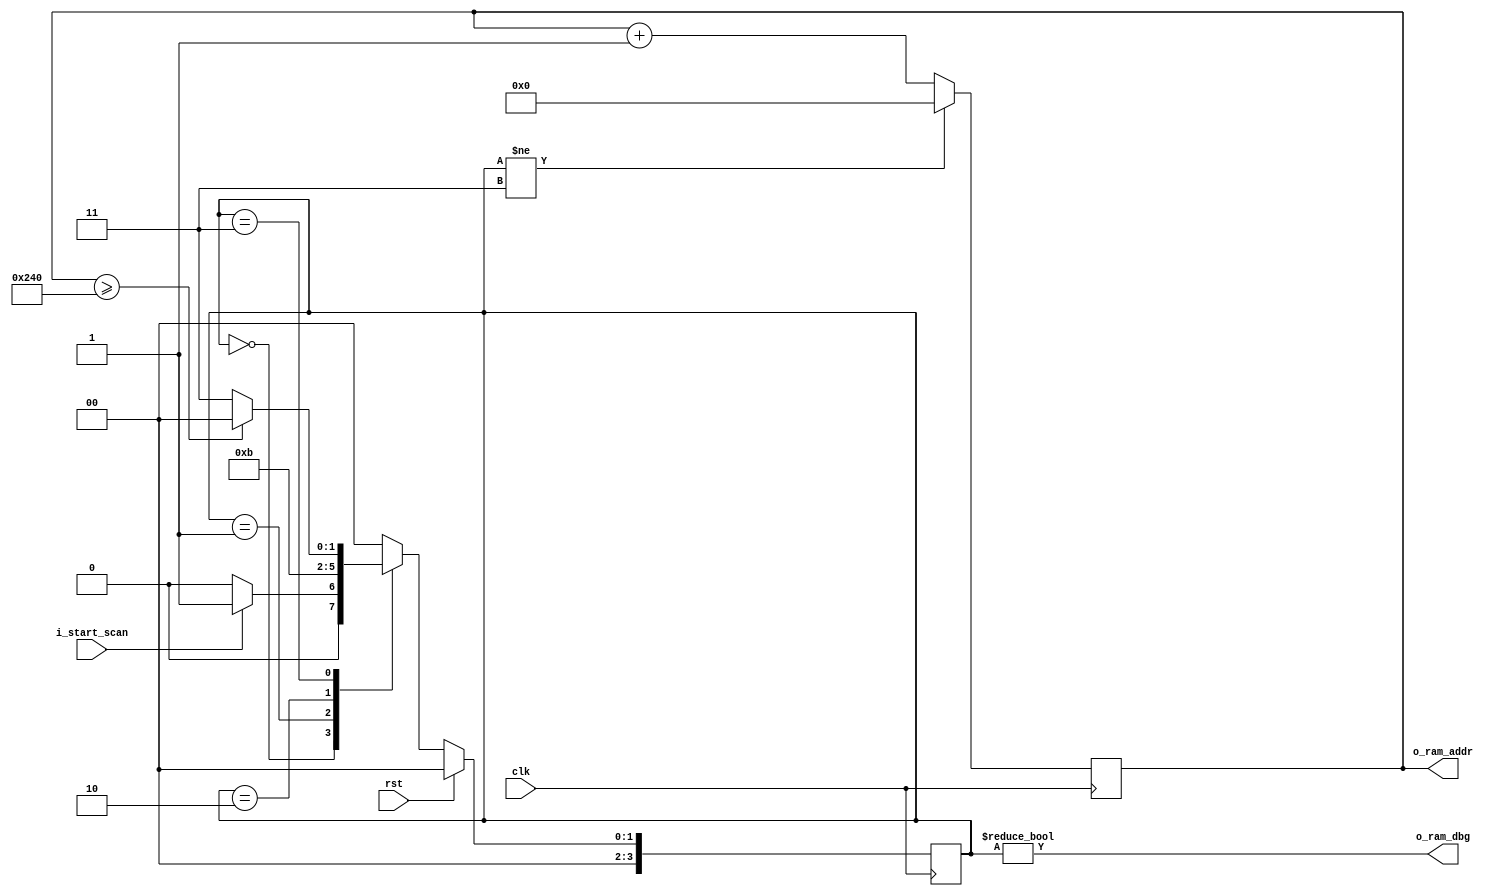
`ifndef ILA_RAM_SCAN_H
`define ILA_RAM_SCAN_H
module ila_ram_scan (
    input clk,
    input rst,
    input i_start_scan,
    output [9:0] o_ram_addr,
    output o_ram_dbg
);

localparam
    IDLE    = 0,
    DELAY_1 = 1,
    DELAY_2 = 2,
    READ    = 3;


    reg [3:0] state, nextState;
    reg [9:0] addr;

always @(posedge clk ) begin
    if(rst)begin
        state <= IDLE;
    end
    else
        state <= nextState;
end

always@(*)begin
    nextState = 4'b0;

    case (state)
        IDLE: begin
            if(i_start_scan) nextState = DELAY_1;
            else             nextState = IDLE;
        end
        DELAY_1: begin
            nextState = DELAY_2;
        end
        DELAY_2: begin
            nextState = READ;
        end
        READ: begin
            if(addr >= 576)  nextState = IDLE;
            else             nextState = READ;
        end
        default: nextState = IDLE;
    endcase

    // if(state[IDLE] & i_start_scan)begin
    //     nextState = 1<<DELAY_1;
    // end
    // else if (state[DELAY_1]) begin
    //     nextState = 1<<DELAY_2;
    // end
    // else if (state[DELAY_1]) begin
    //     nextState = 1<<READ;
    // end
    // else if (state[READ]) begin
    //     if(addr >= 576) begin
    //         nextState = 1<<IDLE;
    //     end else begin
    //         nextState = 1<<READ; 
    //     end
    // end
    // else begin
    //     nextState = 1<<IDLE;
    // end
end

// Contador 
always @(posedge clk) begin
    if(state != READ) begin
        addr <= 10'b00_0000_0000;
    end else begin
        addr <= addr + 1;
    end
end

assign o_ram_addr = addr;
assign o_ram_dbg = (state != IDLE);



endmodule
`endif